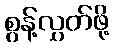
စွန့်လွှတ်ဖို့